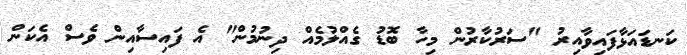
ކަނޑައަޅާފައިވާއިރު "ސަރުކާރުން މިހާ ބޮޑު ގެއްލުމެއް ދިނުމުން" އެ ފައިސާއިން ވެސް އެކަން